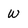
Character: w